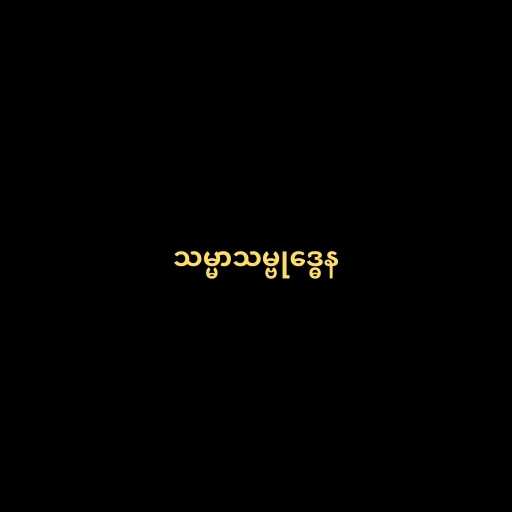
သမ္မာသမ္ဗုဒ္ဓေန